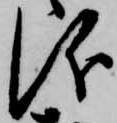
儀